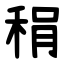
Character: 䅌